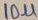
Text: 10u